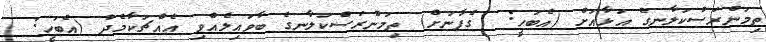
ތިމަންރަސްކަލާނގެ އަޅާއަށް (އެބަހީ:  ގެފާނަށް) ތިމަންރަސްކަލާނގެ ބާވައިލެއްވި އެއްޗަކާމެދު (އެބަހީ: